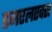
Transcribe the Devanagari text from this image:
एमएलएक्स